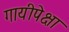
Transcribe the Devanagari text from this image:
गायीपेक्षा